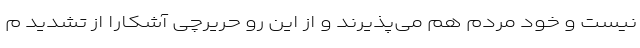
نیست و خود مردم هم می‌پذیرند و از این رو حریرچی آشکارا از تشدید م